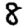
Digit: 8